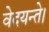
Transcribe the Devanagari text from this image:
वेदयन्ते।